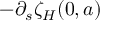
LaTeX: - \partial _ { s } \zeta _ { H } ( 0 , a )